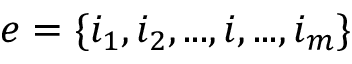
e = \{ i _ { 1 } , i _ { 2 } , . . . , i , . . . , i _ { m } \}